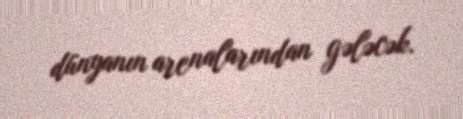
dünyanın arenalarından gələcək.